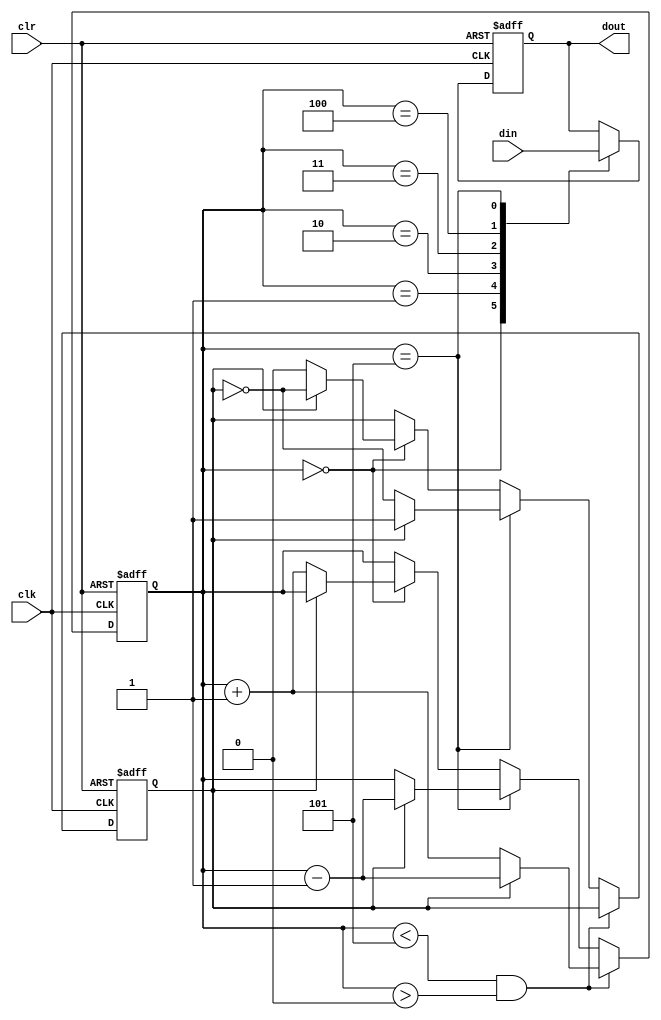
module gen_100101(clk, clr, din, dout);
	 input clk, clr;
	 input [5:0] din;
	 output 		 dout;
	 reg 				 dout;
	 reg [2:0] 	 counter;
	 reg 				 flip;

	 always @ (posedge clk or posedge clr)
		 if(clr)
			 begin
					counter <= 0;
					flip = 0;
			 end
		 else
			 if(counter < 5 && counter > 0)
				 if(flip == 0)
					 counter <= counter + 1;
				 else
					 counter <= counter - 1;
			 else if(counter == 5)
					if(flip == 0)
						flip = !flip;
					else
						counter <= counter - 1;
			 else if(counter == 0)
					if(flip == 1)
						flip = !flip;
					else
						counter <= counter + 1;

	 always @ (posedge clk or posedge clr)
		 if(clr)
			 dout <= 0;
		 else
			 case(counter)
				 0: dout=din[5];
				 1: dout=din[4];
				 2: dout=din[3];
				 3: dout=din[2];
				 4: dout=din[1];
				 5: dout=din[0];
			 endcase // case (counter)
endmodule // gen_100101